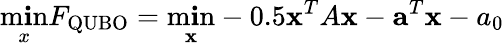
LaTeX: \operatorname*{m\mathbf{i}n}_{x}F_{\mathrm{{QUBO}}}=\operatorname*{m\mathbf{i}n}_{\mathbf{x}}-0.5{\mathbf{x}}^{T}A{\mathbf{x}}-{\mathbf{a}}^{T}{\mathbf{x}}-a_{0}